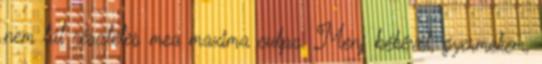
nem túl részletes mea maxima culpa. Menj békével, gyermekem,